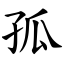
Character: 孤